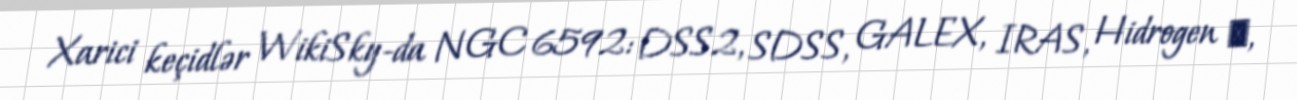
Xarici keçidlər WikiSky-da NGC 6592: DSS2, SDSS, GALEX, IRAS, Hidrogen α,